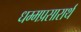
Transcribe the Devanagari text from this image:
धम्मप्रसारार्थ